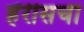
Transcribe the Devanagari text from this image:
हॅरीसची